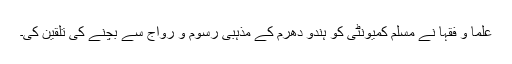
علما و فقہا نے مسلم کمیونٹی کو ہندو دھرم کے مذہبی رسوم و رواج سے بچنے کی تلقین کی۔